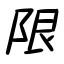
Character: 限